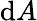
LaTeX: \mathrm{d}A